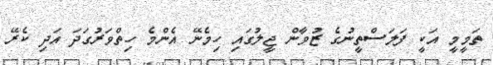
ތަމީމީ އަކީ ފަލަސްތީނުގެ ޒުވާން ޖީލުގައި ހިމެނޭ އެންމެ ހިތްވަރުގަދަ އަދި ކެރޭ